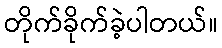
တိုက်ခိုက်ခဲ့ပါတယ်။